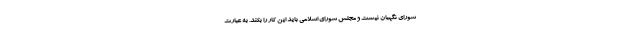
شورای نگهبان نیست و مجلس شورای اسلامی باید این کار را بکند. به عبارت